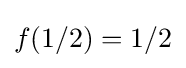
f(1/2)=1/2